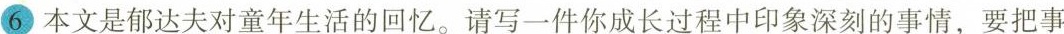
⑥本文是郁达夫对童年生活的回忆。请写一件你成长过程中印象深刻的事情，要把事